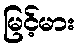
မြင့်မား